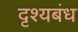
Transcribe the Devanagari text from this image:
दृश्यबंध